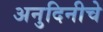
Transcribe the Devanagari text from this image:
अनुदिनीचे